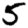
Digit: 5